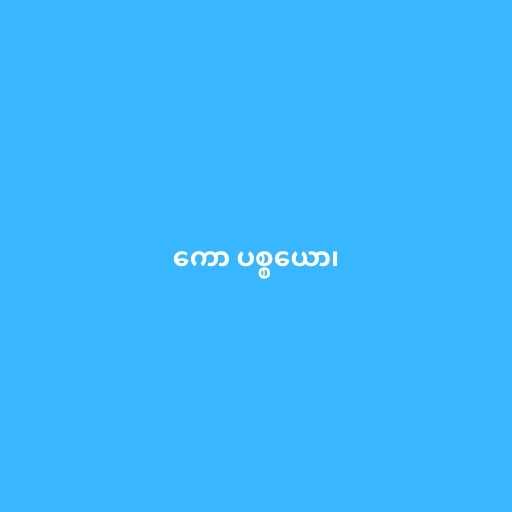
ကော ပစ္စယော၊